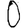
Digit: 0